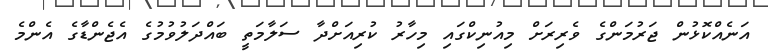
އަނެއްކޮޅުން ޖަރުމަންގެ ވެރިރަށް މިއުނިކްގައި މިހާރު ކުރިއަށްދާ ސަލާމަތީ ބައްދަލުވުމުގެ އެޖެންޑާގެ އެންމެ